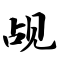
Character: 觇